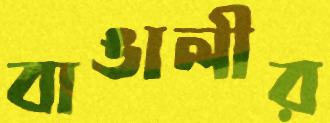
বাঙালীর